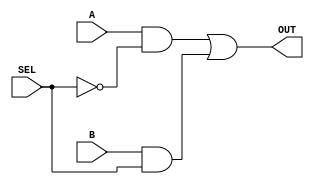
//-----------------------------------------------------------------------------
// UC Berkeley CS150
// Lab 0, Fall 2012
// Module: Mux2_1.v
// Desc: OUT = A*(~SEL) + B*(SEL)
//-----------------------------------------------------------------------------
module Mux2_1(
    input A,
    input B,
    input SEL,
    output OUT
);
   // You may only use structural verilog! (i.e. wires and gates only)
    /********YOUR CODE HERE********/
	wire notsel, awire, bwire;
	nand(notsel,SEL,SEL);
	and(awire,A,notsel);
	and(bwire,B, SEL);
	or(OUT,awire,bwire);
   /********END CODE********/
   //assign OUT = 1'b0; //delete this line once you finish writing your logic
   
endmodule